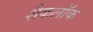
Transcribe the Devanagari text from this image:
शैकलॉक